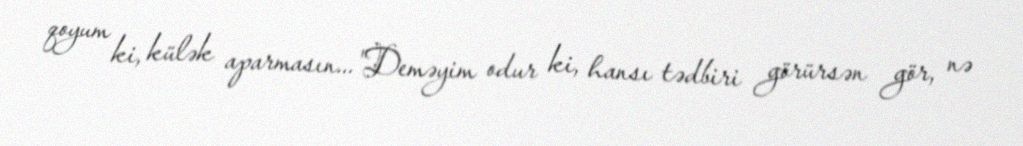
qoyum ki, külək aparmasın..."Deməyim odur ki, hansı tədbiri görürsən gör, nə